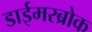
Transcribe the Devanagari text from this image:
डाईमरब्रोक